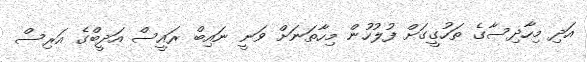
އަދި މިހާދިސާގެ ތަހުގީގަށް ފުލުހުން މިހާތަނަށް ވަނީ ނައިބް ރައީސް އަދީބްގެ އަރިސް